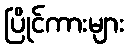
ပြိုင်ကားများ